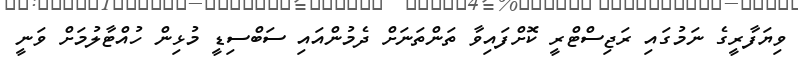
ވިޔަފާރީގެ ނަމުގައި ރަޖިސްޓްރީ ކޮށްފައިވާ ތަންތަނަށް ދެމުންއައި ސަބްސިޑީ މުޅިން ހުއްޓާލުމަށް ވަނީ